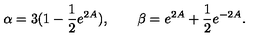
{ \alpha = 3 ( 1 - \frac { 1 } { 2 } e ^ { 2 A } ) , \qquad \beta = e ^ { 2 A } + \frac { 1 } { 2 } e ^ { - 2 A } . }